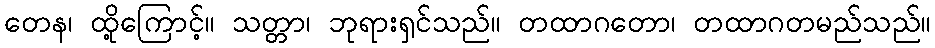
တေန၊ ထို့ကြောင့်။ သတ္တာ၊ ဘုရားရှင်သည်။ တထာဂတော၊ တထာဂတမည်သည်။